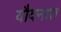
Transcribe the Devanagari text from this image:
यौवनात